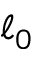
\ell _ { 0 }